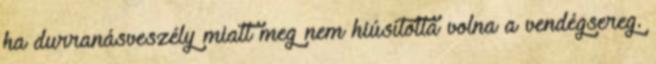
ha durranásveszély miatt meg nem hiúsította volna a vendégsereg.